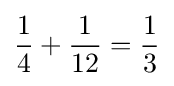
{\frac {1}{4}}+{\frac {1}{12}}={\frac {1}{3}}